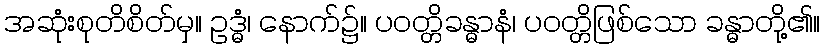
အဆုံးစုတိစိတ်မှ။ ဥဒ္ဓံ၊ နောက်၌။ ပဝတ္တိခန္ဓာနံ၊ ပဝတ္တိဖြစ်သော ခန္ဓာတို့၏။